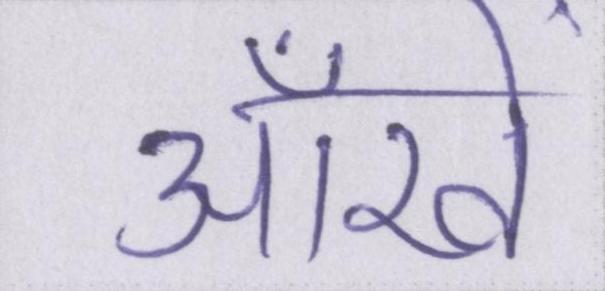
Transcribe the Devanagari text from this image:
ऑंखें